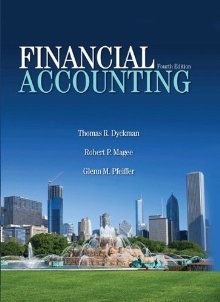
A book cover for Financial Accounting; Magee, and Pfeiffer Dyckman; Business & Money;